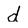
Character: d